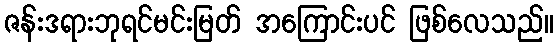
ဇန်းဒရားဘုရင်မင်းမြတ် အကြောင်းပင် ဖြစ်လေသည်။